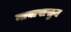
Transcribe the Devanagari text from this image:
नावापासुन